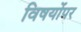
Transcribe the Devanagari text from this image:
विषयोंपर